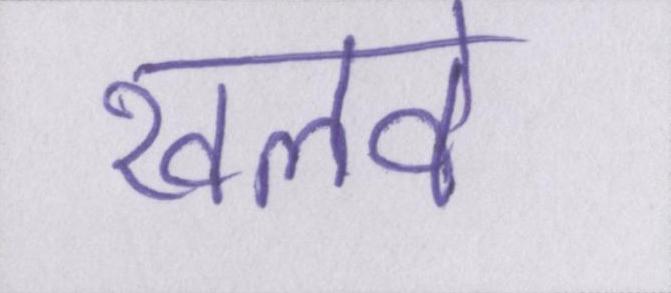
खलवे